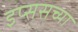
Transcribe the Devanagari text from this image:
इप्ससच्या